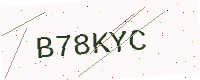
Text: B78KYC